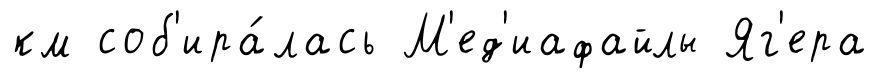
км соб'ира́лась М'ед'иафайлы Яг'ера